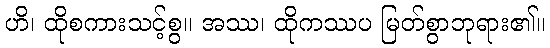
ဟိ၊ ထိုစကားသင့်စွ။ အဿ၊ ထိုကဿပ မြတ်စွာဘုရား၏။